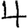
Digit: 4